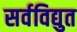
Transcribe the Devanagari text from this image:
सर्वविद्युत